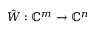
\hat { W } : \mathbb { C } ^ { m } \to \mathbb { C } ^ { n }